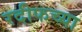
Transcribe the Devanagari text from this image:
रदीफच्या